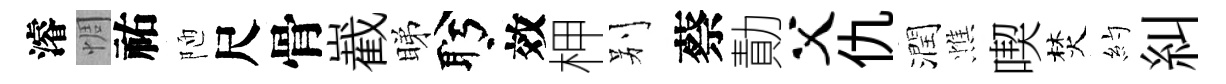
濬惆祐陋尺骨嶻睇盻效柙别蔡勣父仇潤憔喫焚約糾